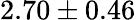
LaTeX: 2.70\pm 0.46